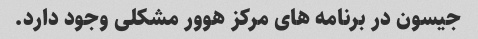
جیسون در برنامه های مرکز هوور مشکلی وجود دارد.